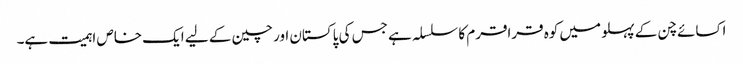
اکسائے چن کے پہلو میں کوہ قراقرم کا سلسلہ ہے جس کی پاکستان اور چین کے لیے ایک خاص اہمیت ہے۔